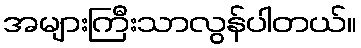
အများကြီးသာလွန်ပါတယ်။